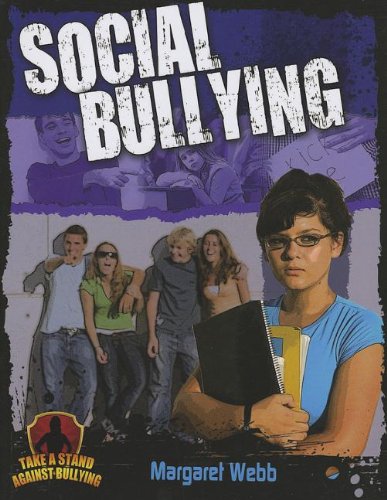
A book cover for Social Bullying (Take a Stand Against Bullying (Crabtree)); Margaret Webb; Teen & Young Adult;